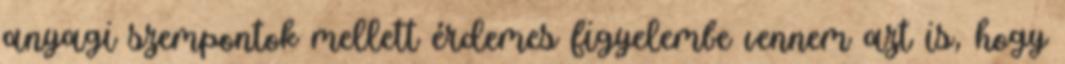
anyagi szempontok mellett érdemes figyelembe vennem azt is, hogy